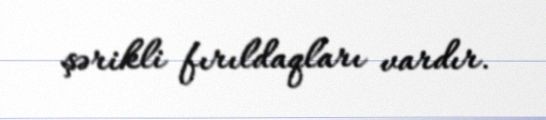
şərikli fırıldaqları vardır.